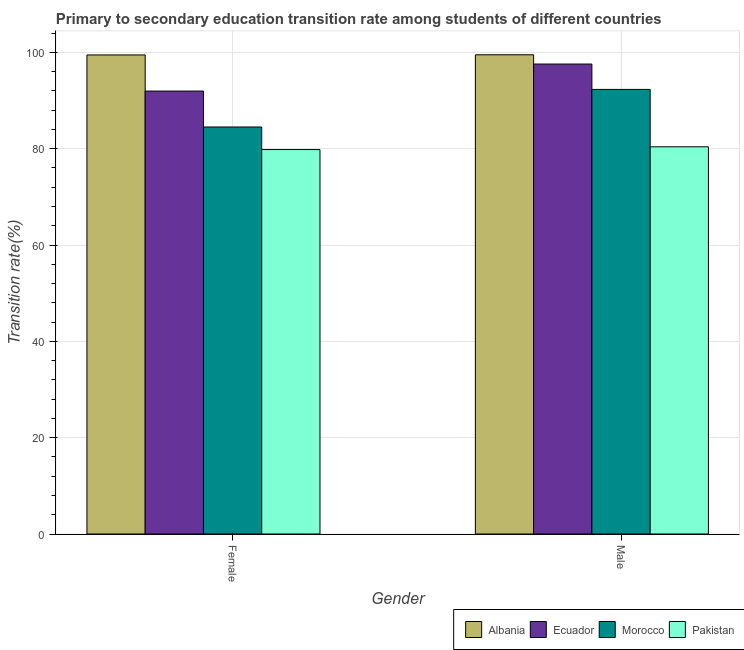
| Gender | Albania | Ecuador | Morocco | Pakistan |
 | --- | --- | --- | --- | --- |
 | Female | 99.5 | 92 | 84.5 | 79.8 |
 | Male | 99.5 | 97.6 | 92.3 | 80.4 |